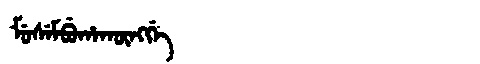
Manchu: ᠮᡠᠰᡝᠮᠪᡠᡥᠠᡴᡡᠩᡤᡝ
Romanization: MUSEMBUHAKŪNGGE